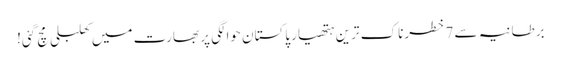
برطانیہ سے 7 خطرناک ترین ہتھیار پاکستان حوالگی پر بھارت میں کھلبلی مچ گئی!